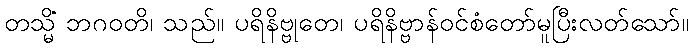
တသ္မိံ ဘဂဝတိ၊ သည်။ ပရိနိဗ္ဗုတေ၊ ပရိနိဗ္ဗာန်ဝင်စံတော်မူပြီးလတ်သော်။